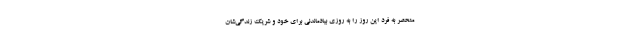
منحصر به فرد این روز را به روزی بیادماندنی برای خود و شریک زندگی‌شان